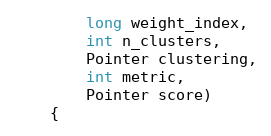
Language: Java
        long weight_index,
        int n_clusters,
        Pointer clustering,
        int metric,
        Pointer score)
    {